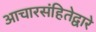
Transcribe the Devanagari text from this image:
आचारसंहितेद्वारे